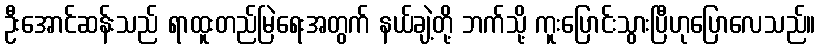
ဦးအောင်ဆန်းသည် ရာထူးတည်မြဲရေးအတွက် နယ်ချဲ့တို့ ဘက်သို့ ကူးပြောင်းသွားပြီဟုပြောလေသည်။